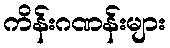
ကိန်းဂဏန်းများ